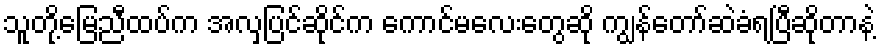
သူတို့မြေညီထပ်က အလှပြင်ဆိုင်က ကောင်မလေးတွေဆို ကျွန်တော်ဆဲခံရပြီဆိုတာနဲ့